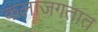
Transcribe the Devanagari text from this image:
कलाजगतात